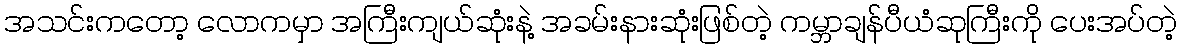
အသင်းကတော့ လောကမှာ အကြီးကျယ်ဆုံးနဲ့ အခမ်းနားဆုံးဖြစ်တဲ့ ကမ္ဘာချန်ပီယံဆုကြီးကို ပေးအပ်တဲ့